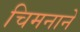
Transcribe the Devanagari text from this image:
चिमनाने